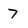
Character: 7